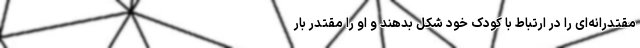
مقتدرانه‌ای را در ارتباط با کودک خود شکل بدهند و او را مقتدر بار